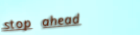
stop ahead